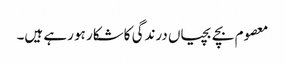
معصوم بچے بچیاں درندگی کاشکار ہو رہے ہیں۔